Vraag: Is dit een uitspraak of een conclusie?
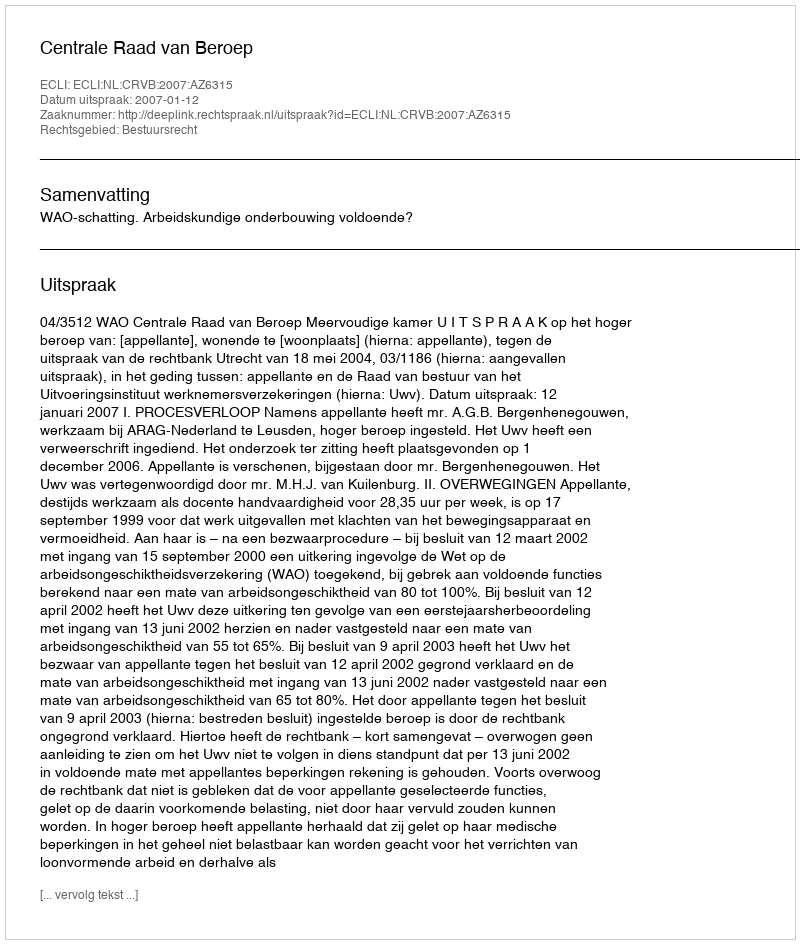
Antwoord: Uitspraak